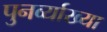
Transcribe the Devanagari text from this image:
पुनर्व्‍याख्‍या